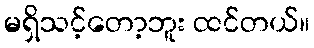
မရှိသင့်တော့ဘူး ထင်တယ်။